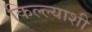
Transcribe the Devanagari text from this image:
किल्ल्याशी